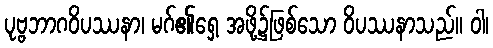
ပုဗ္ဗဘာဂဝိပဿနာ၊ မဂ်၏ရှေ့ အဖို့၌ဖြစ်သော ဝိပဿနာသည်။ ဝါ၊